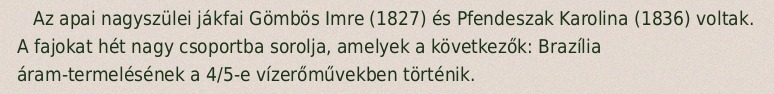
Az apai nagyszülei jákfai Gömbös Imre (1827) és Pfendeszak Karolina (1836) voltak. A fajokat hét nagy csoportba sorolja, amelyek a következők: Brazília áram-termelésének a 4/5-e vízerőművekben történik.